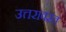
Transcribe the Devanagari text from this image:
उत्तरावरत